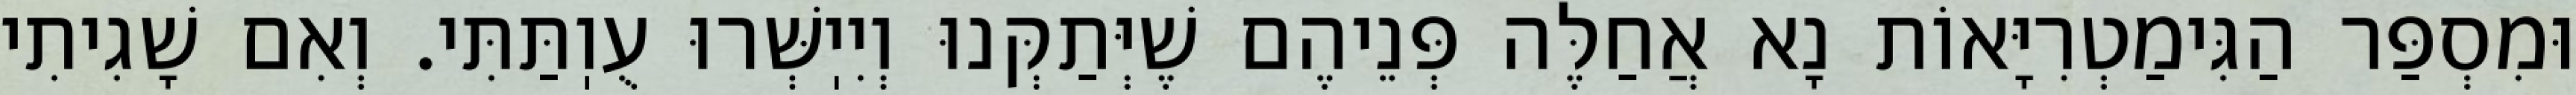
וּמִסְפַּר הַגִּימַטְרִיָּאוֹת נָא אֲחַלֶּה פְּנֵיהֶם שֶׁיְּתַקְּנוּ וְיִיֽשְּׁרוּ עֻוֽתַּתִּי. וְאִם שָׁגִיתִי